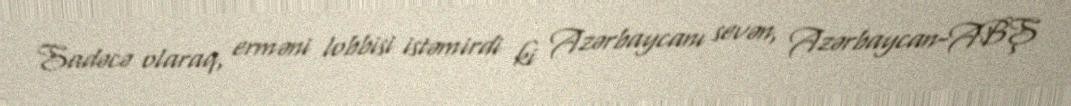
Sadəcə olaraq, erməni lobbisi istəmirdi ki Azərbaycanı sevən, Azərbaycan-ABŞ